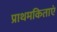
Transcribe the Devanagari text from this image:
प्राथमकिताएं